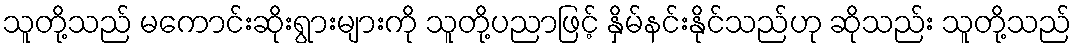
သူတို့သည် မကောင်းဆိုးရွားများကို သူတို့ပညာဖြင့် နှိမ်နင်းနိုင်သည်ဟု ဆိုသည်း သူတို့သည်